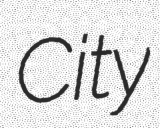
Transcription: City